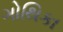
ગોથિકા